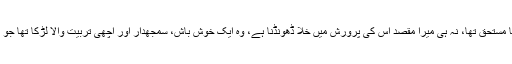
میں یہ نہیں کہنا چاہتا کہ مرتضیٰ اس کا مستحق تھا، نہ ہی میرا مقصد اس کی پرورش میں خلا ڈهونڈنا ہے، وہ ایک خوش باش، سمجهدار اور اچھی تربیت والا لڑکا تھا جو کہ ذہانت اور قابلیت کا مظاہرہ کرتا تھا۔